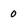
Character: 0